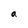
Character: a